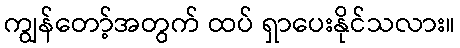
ကျွန်တော့်အတွက် ထပ် ရှာပေးနိုင်သလား။